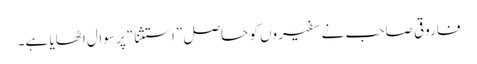
فاروقی صاحب نے سفیروں کو حاصل ”استثنا“ پر سوال اٹھایا ہے۔